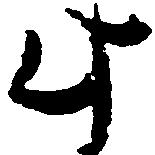
此